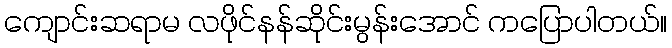
ကျောင်းဆရာမ လဖိုင်နန်ဆိုင်းမွန်းအောင် ကပြောပါတယ်။